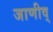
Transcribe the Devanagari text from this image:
जाणीव्